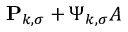
\mathbf { P } _ { k , \sigma } + \boldsymbol { \Psi } _ { k , \sigma } \boldsymbol { A }